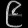
Digit: ၉